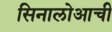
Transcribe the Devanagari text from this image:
सिनालोआची